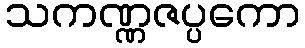
သကဏ္ဏဇပ္ပကော